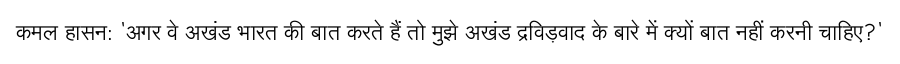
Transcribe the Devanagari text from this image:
कमल हासन: 'अगर वे अखंड भारत की बात करते हैं तो मुझे अखंड द्रविड़वाद के बारे में क्यों बात नहीं करनी चाहिए?'